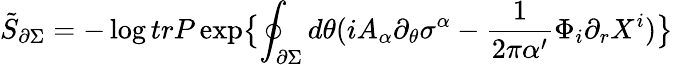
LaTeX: \tilde{S}_{\partial\Sigma}=-\log trP\exp\bigl\lbrace\oint_{\partial\Sigma}d\theta(iA_{\alpha}\partial_{\theta}\sigma^{\alpha}-\frac{1}{2\pi\alpha^{\prime}}\Phi_{i}\partial_{r}X^{i})\bigr\rbrace